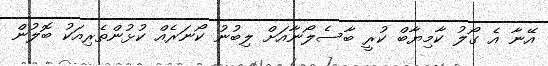
އޭނާ އެ ގޯލު ކާމިޔާބް ކުރީ ބާސެލޯނާއަށް ލިބުނު ކޯނަރެއް ކުޅުންތެރިއަކު ބޮލުން